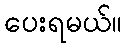
ပေးရမယ်။